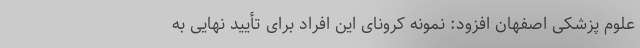
علوم پزشکی اصفهان افزود: نمونه کرونای این افراد برای تأیید نهایی به